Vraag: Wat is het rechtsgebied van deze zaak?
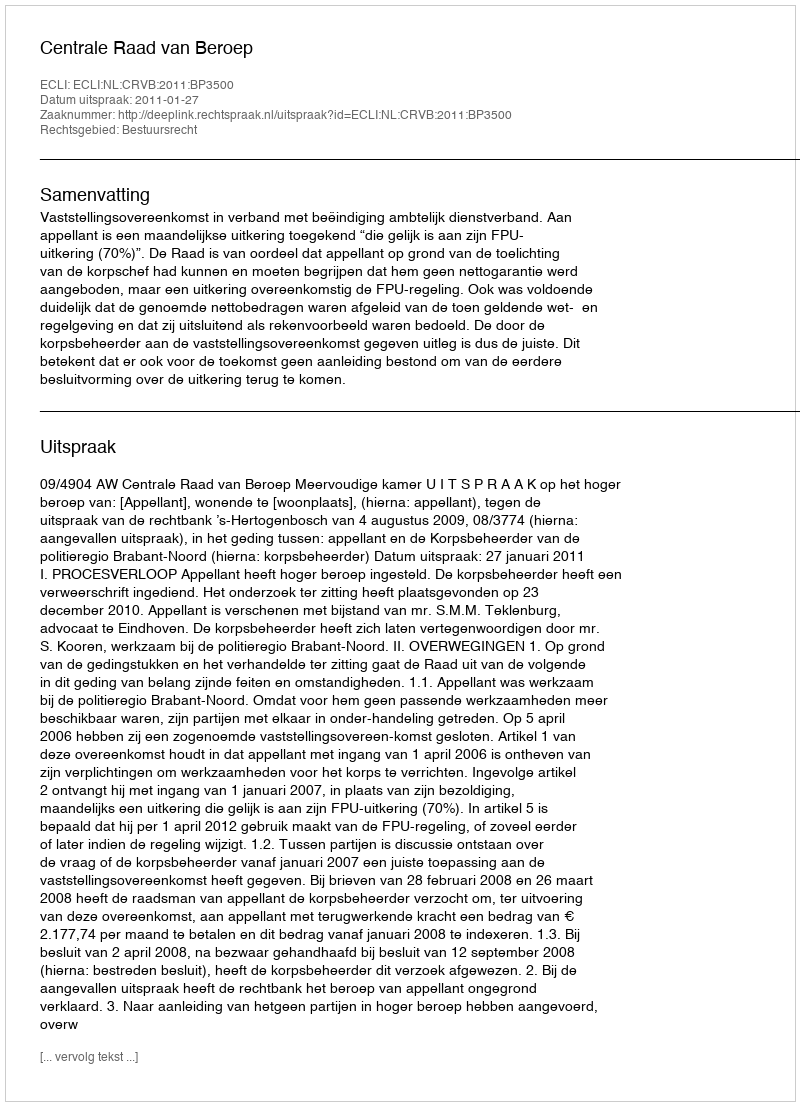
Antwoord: Bestuursrecht